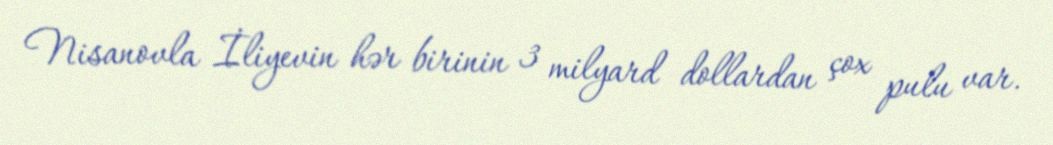
Nisanovla İliyevin hər birinin 3 milyard dollardan çox pulu var.